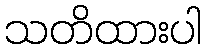
သတိထားပါ